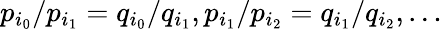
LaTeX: p_{i_{0}}/p_{i_{1}}=q_{i_{0}}/q_{i_{1}},p_{i_{1}}/p_{i_{2}}=q_{i_{1}}/q_{i_{2}},\dots